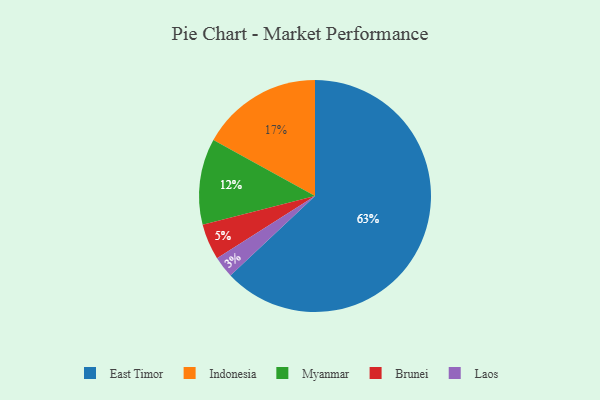
{"axis": {"x": "Category", "y": "Percentage"}, "legend": ["Brunei", "East Timor", "Indonesia", "Laos", "Myanmar"], "data": [{"x": "Brunei", "y": 5, "type": "Brunei"}, {"x": "Laos", "y": 3, "type": "Laos"}, {"x": "Myanmar", "y": 12, "type": "Myanmar"}, {"x": "Indonesia", "y": 17, "type": "Indonesia"}, {"x": "East Timor", "y": 63, "type": "East Timor"}]}